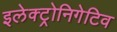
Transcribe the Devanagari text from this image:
इलेक्ट्रोनिगेटिव